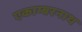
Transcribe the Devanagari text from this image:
एकाम्बरनाथ